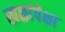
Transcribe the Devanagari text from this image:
खळांपेक्षा